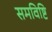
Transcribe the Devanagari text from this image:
समविष्टि